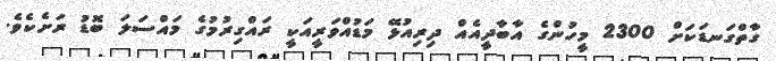
ގާތްގަނޑަކަށް 2300 މީހުންގެ އާބާދީއެއް ދިރިއުޅޭ މަޑުއްވަރީއަކީ ރައްގިރުމުގެ މައްސަލަ ބޮޑު ރަށެކެވެ.